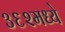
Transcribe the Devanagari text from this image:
३६२मध्ये